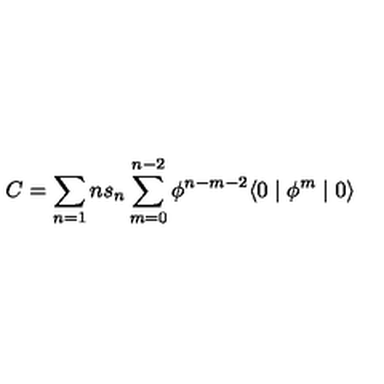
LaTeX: C = \sum _ { n = 1 } n s _ { n } \sum _ { m = 0 } ^ { n - 2 } \phi ^ { n - m - 2 } \langle 0 \mid \phi ^ { m } \mid 0 \rangle